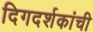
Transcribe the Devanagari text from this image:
दिगदर्शकांची